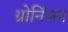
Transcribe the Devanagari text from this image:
ग्रोनिंजन